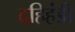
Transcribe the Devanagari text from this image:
दहिहंडी